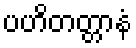
ပဟိတတ္တာနံ